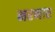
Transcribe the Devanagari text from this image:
मरनार